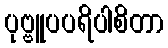
ပုဗ္ဗူပပရိပါစိတာ